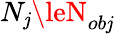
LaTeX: N_{\mathit{j}}\leN_{ob\mathit{j}}